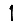
Digit: 1